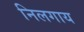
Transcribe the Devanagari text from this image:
निलगाय